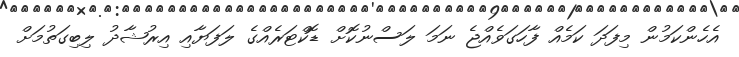
އެހެންކަމުން މިފަދަ ކަމެއް ފާހަގަވެއްޖެ ނަމަ ލަސްނުކޮށް ޑޮކްޓަރެއްގެ ލަފަޔާއި އިރުޝާދު ލިބިގަތުމަށް